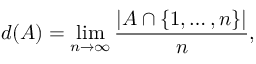
d ( A ) = \operatorname* { l i m } _ { n \to \infty } { \frac { | A \cap \{ 1 , \dots , n \} | } { n } } ,